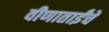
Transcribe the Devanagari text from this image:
वीणाताईंचे